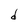
Character: d